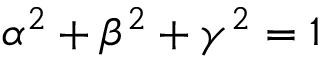
\alpha ^ { 2 } + \beta ^ { 2 } + \gamma ^ { 2 } = 1